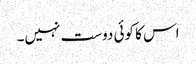
اس کا کوئی دوست نہیں۔